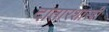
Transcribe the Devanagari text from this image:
दातारशास्त्री